King Institute of Preventive Medicine Micro-Biological Section reports 1909-11
Year: 1909
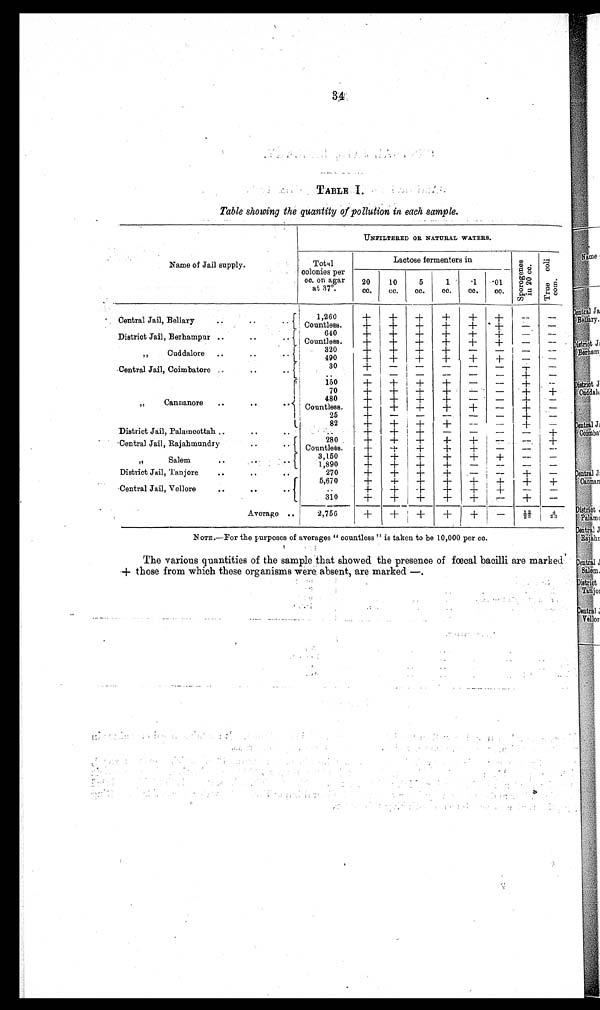
34
TABLE I.
Table showing the quantity of pollution in each sample.
UNFILTERED OR NATURAL WATERS.
Name of Jail supply.
T o t a l
colonies per
cc. on agar
at 37°.
Lactose fermenters in
S p o r o g e n e s i n 2 0 c c .
T r u e C o l i C o m
20
cc.
10
c.c.
5
cc.
1
cc.
.1
cc.
.0 1
cc.
Central Jail, Bellary
. - . '
1 260
+
+
+
+ + +
--
--
Countless.
+
+
+
+
+
+
-- --
District Jail, Berhampur ..
..
i
. . 11
640
+
+
+
+
+
+
--
--
Countless.
+
+
+
+
+
+
--
--
,,
Cuddalore ..
.. ..
3 2 0 +
+ +
+
-- -- --
--
490
+
+
+
+
+
+
-- --
Central Jail, Coimbatore ..
..
4
30
+
-
--
-
--
-- --
--
..
- -
-
-
-- --
+
--
„ Cannanore
. . . .
150
+
+ +
+
-- --
+ +
70
+
I
+
+
+
-- --
+
--
480
+
+ +
+
--
--
+
--
Countless.
+
+
+
+
+
--
+
--
25
+
—-
—-
---
----- --
+
--
82
+
+
+
+
--
--
+
--
District Jail, Palamcottah , .
. . . .
. .
±
+ !
-
-- --
+ +
r
Central Jail, Rajabmundry
. . . . t
280
+
+ +
+
+
--
--
+
Countless:
+ + +
+
+
-- -- --
„
Salem
. . . . . . . t
3,150
+
+ +
+
+
+
-- --
1,890
+
+
+
+
-- -- -- --
District Jail, Tanjore
..
. .
270
4-
±
±
-
--
--
-- --
Central jail, Vellore
. . . .
. 4
5,670
+
+
+
+
+
+
+
+
. .
+ -
+-
-+-
- - +
+-
+
--+ -
--
310
+
±
±
±
+ +
-- --
Average ..
2,756
+ +
+
+
+
--
1 / 2 2 / 3 4/23,.,
NoTE.—For the purposes of averages " countless " is taken to be 10,000 per cc.
The various quantities of the sample that showed the presence of fœcal bacilli are marked'
+ those from which these organisms were absent, are marked—.